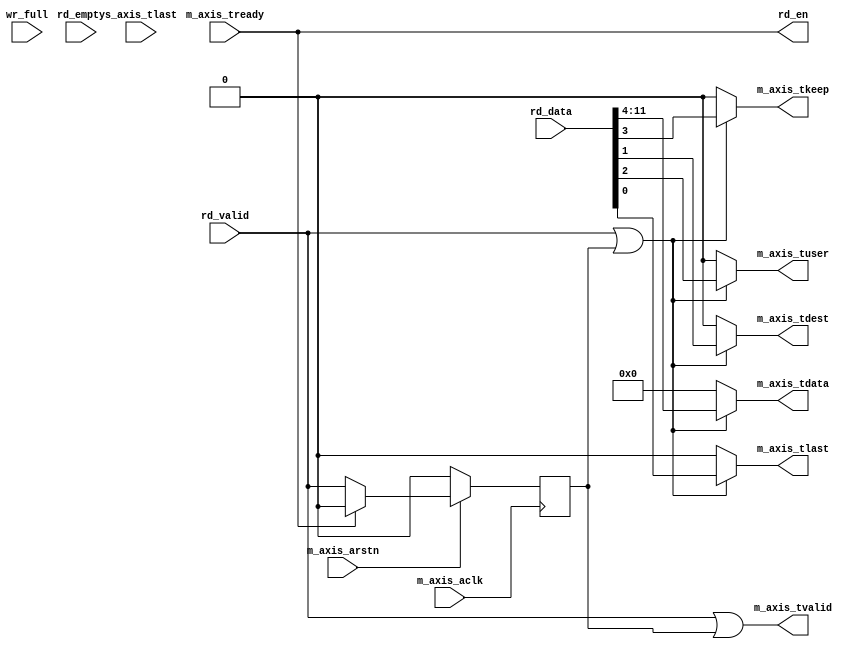
// ***************************************************************************
// ***************************************************************************
// @FILE    util_axis_fifo_ctrl.v
// @AUTHOR  JAY CONVERTINO
// @DATE    2021.06.29
// @BRIEF   Control for packet mode and dealing with valid on read interface.
//
// @LICENSE MIT
//  Copyright 2021 Jay Convertino
//
//  Permission is hereby granted, free of charge, to any person obtaining a copy
//  of this software and associated documentation files (the "Software"), to 
//  deal in the Software without restriction, including without limitation the
//  rights to use, copy, modify, merge, publish, distribute, sublicense, and/or 
//  sell copies of the Software, and to permit persons to whom the Software is 
//  furnished to do so, subject to the following conditions:
//
//  The above copyright notice and this permission notice shall be included in 
//  all copies or substantial portions of the Software.
//
//  THE SOFTWARE IS PROVIDED "AS IS", WITHOUT WARRANTY OF ANY KIND, EXPRESS OR 
//  IMPLIED, INCLUDING BUT NOT LIMITED TO THE WARRANTIES OF MERCHANTABILITY, 
//  FITNESS FOR A PARTICULAR PURPOSE AND NONINFRINGEMENT. IN NO EVENT SHALL THE
//  AUTHORS OR COPYRIGHT HOLDERS BE LIABLE FOR ANY CLAIM, DAMAGES OR OTHER 
//  LIABILITY, WHETHER IN AN ACTION OF CONTRACT, TORT OR OTHERWISE, ARISING 
//  FROM, OUT OF OR IN CONNECTION WITH THE SOFTWARE OR THE USE OR OTHER DEALINGS
//  IN THE SOFTWARE.
// ***************************************************************************
// ***************************************************************************

`timescale 1ns/100ps

module util_axis_fifo_ctrl #(
    parameter BUS_WIDTH  = 1,
    parameter FIFO_WIDTH = 8,
    parameter FIFO_POWER = 8,
    parameter USER_WIDTH = 1,
    parameter DEST_WIDTH = 1,
    parameter PACKET_MODE= 0
  )
  (
    // read axis
    input  m_axis_aclk,
    input  m_axis_arstn,
    output m_axis_tvalid,
    input  m_axis_tready,
    output [(BUS_WIDTH*8)-1:0] m_axis_tdata,
    output [BUS_WIDTH-1:0] m_axis_tkeep,
    output m_axis_tlast,
    output [USER_WIDTH-1:0] m_axis_tuser,
    output [DEST_WIDTH-1:0] m_axis_tdest,
    // write axis
    input s_axis_tlast,
    // read fifo
    output rd_en,
    input rd_valid,
    input [(FIFO_WIDTH*8)-1:0] rd_data,
    input rd_empty,
    // write fifo
    input wr_full
  );
          
  // break apart data from fifo into the axis signals.
  localparam c_ARRAY_LENGTH = DEST_WIDTH + USER_WIDTH + BUS_WIDTH + (BUS_WIDTH*8) + 1;
  localparam c_TDATA_OFFSET = DEST_WIDTH + USER_WIDTH + BUS_WIDTH + 1;
  localparam c_TKEEP_OFFSET = DEST_WIDTH + USER_WIDTH + 1;
  localparam c_TUSER_OFFSET = DEST_WIDTH + 1;
  localparam c_TDEST_OFFSET = 1;
  localparam c_TLAST_OFFSET = 0;
  localparam c_FIFO_SIZE    = {FIFO_POWER{1'b1}};
  
  // tlast count
  reg [FIFO_POWER-1:0] s_tlast_count;
  
  // cross domain signals
  reg r_mclk_s_axis_tlast;
  reg rr_mclk_s_axis_tlast;
  reg r_mclk_w_full;
  reg rr_mclk_w_full;
  
  // master signals for switching
  wire [(BUS_WIDTH*8)-1:0] s_m_axis_tdata;
  wire s_m_axis_tvalid;
  wire [BUS_WIDTH-1:0] s_m_axis_tkeep;
  wire s_m_axis_tlast;
  wire [USER_WIDTH-1:0] s_m_axis_tuser;
  wire [DEST_WIDTH-1:0] s_m_axis_tdest;
  
  // register valid incase tready isn't available and we are empty.
  reg r_rd_valid;
  
  // last increment of tlast was due to tfull
  reg s_tlast_full;

  generate
  if (PACKET_MODE == 0) begin
    assign m_axis_tdata  = s_m_axis_tdata;
    assign m_axis_tvalid = s_m_axis_tvalid;
    assign m_axis_tkeep  = s_m_axis_tkeep;
    assign m_axis_tdest  = s_m_axis_tdest;
    assign m_axis_tuser  = s_m_axis_tuser;
    assign m_axis_tlast  = s_m_axis_tlast;
    
    assign rd_en = m_axis_tready;
  end else begin
    assign m_axis_tdata = ((s_tlast_count > 0) ? s_m_axis_tdata : 0);
    assign m_axis_tvalid= ((s_tlast_count > 0) ? s_m_axis_tvalid : 1'b0);
    assign m_axis_tkeep = ((s_tlast_count > 0) ? s_m_axis_tkeep : 0);
    assign m_axis_tdest = ((s_tlast_count > 0) ? s_m_axis_tdest : 0);
    assign m_axis_tuser = ((s_tlast_count > 0) ? s_m_axis_tuser : 0);
    assign m_axis_tlast = ((s_tlast_count > 0) ? s_m_axis_tlast : 1'b0);
    
    assign rd_en = ((s_tlast_count > 0) ? m_axis_tready : 1'b0);
    
    // sync registers
    always @(posedge m_axis_aclk) begin
      r_mclk_s_axis_tlast <= s_axis_tlast;
      rr_mclk_s_axis_tlast<= r_mclk_s_axis_tlast;
      r_mclk_w_full       <= wr_full;
      rr_mclk_w_full      <= r_mclk_w_full;
    end
    
    //generate tlast
    always @(posedge m_axis_aclk) begin
      if(m_axis_arstn == 1'b0) begin
        s_tlast_count <= 0;
        s_tlast_full  <= 1'b0;
      end else begin
        s_tlast_count <= s_tlast_count;
        s_tlast_full  <= s_tlast_full;
        
        // do not increment if we have hit the max amount of tlast that can be possible
        if(c_FIFO_SIZE != s_tlast_count) begin
          // positive edge transition of tlast detected? If so increment.
          if((r_mclk_s_axis_tlast == 1'b1) && (rr_mclk_s_axis_tlast == 1'b0)) begin
            s_tlast_count <= s_tlast_count + 1;
            
            // has full been tripped? Then don't increment, hold counter.
            if(s_tlast_full == 1'b1) begin
              s_tlast_count <= s_tlast_count;
            end
          end
          
          // we have transitioned to full. Increment counter and set full flag.
          if((r_mclk_w_full == 1'b1) && (rr_mclk_w_full == 1'b0)) begin
            s_tlast_count <= s_tlast_count + 1;
            s_tlast_full  <= 1'b1;
          end
        end
        
        // the tlast count is not empty, and the slave was ready.
        if((s_tlast_count > 0) && (m_axis_tready == 1'b1)) begin
          // tlast from read as come through.
          if(rd_data[c_TLAST_OFFSET] == 1'b1) begin
            s_tlast_count <= s_tlast_count - 1;
          end
          
          // we filled and then removed all data from the fifo. lets decrement.
          if((rd_empty == 1'b1) && (s_tlast_full == 1'b1)) begin
            s_tlast_count <= s_tlast_count - 1;
            s_tlast_full  <= 1'b0;
          end
        end
      end
    end
  end
  endgenerate
  
  // need to double check timing of r_rd_valid and actually valid data.
  assign s_m_axis_tdata  = (((rd_valid == 1'b1) || (r_rd_valid == 1'b1)) ? rd_data[((BUS_WIDTH*8)-1+c_TDATA_OFFSET):c_TDATA_OFFSET] : 0);
  assign s_m_axis_tkeep  = (((rd_valid == 1'b1) || (r_rd_valid == 1'b1)) ? rd_data[(BUS_WIDTH-1+c_TKEEP_OFFSET):c_TKEEP_OFFSET] : 0);
  assign s_m_axis_tdest  = (((rd_valid == 1'b1) || (r_rd_valid == 1'b1)) ? rd_data[(DEST_WIDTH-1+c_TDEST_OFFSET):c_TDEST_OFFSET] : 0);
  assign s_m_axis_tuser  = (((rd_valid == 1'b1) || (r_rd_valid == 1'b1)) ? rd_data[(USER_WIDTH-1 + c_TUSER_OFFSET):c_TUSER_OFFSET] : 0);
  assign s_m_axis_tlast  = (((rd_valid == 1'b1) || (r_rd_valid == 1'b1)) ? rd_data[c_TLAST_OFFSET] : 1'b0);
  
  assign s_m_axis_tvalid = rd_valid | r_rd_valid;
  
  // register process for holding valid till ready is available.
  always @(posedge m_axis_aclk) begin
    if(m_axis_arstn == 1'b0) begin
      r_rd_valid <= 1'b0;
    end else begin
      // register the current valid 
      r_rd_valid <= rd_valid;
      
      // clear when tready
      if(m_axis_tready == 1'b1) begin
        r_rd_valid <= 1'b0;
      end
    end
  end
endmodule